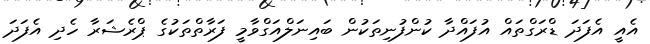
އެއީ އެފަދަ ޑްރަގްތައް އުފައްދާ ކުންފުނިތަކުން ބައިނަލްއަގްވާމީ ފަރާތްތަކުގެ ޕްރެޝަރާ ހެދި އެފަދަ